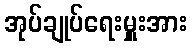
အုပ်ချုပ်ရေးမှူးအား